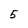
Character: 5